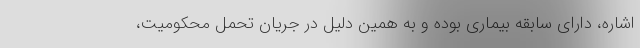
اشاره، دارای سابقه بیماری بوده و به همین دلیل در جریان تحمل محکومیت،